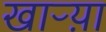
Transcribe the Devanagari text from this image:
खाऱ्य़ा